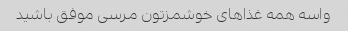
واسه همه غذاهای خوشمزتون مرسی موفق باشید